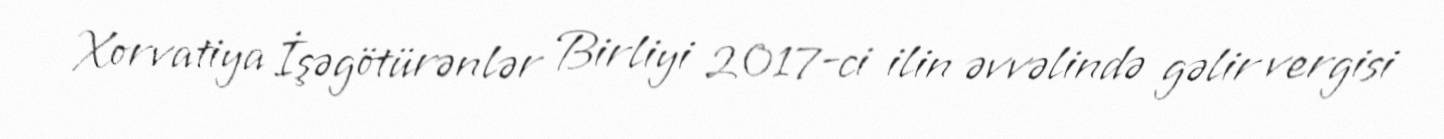
Xorvatiya İşəgötürənlər Birliyi 2017-ci ilin əvvəlində gəlir vergisi